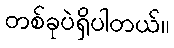
တစ်ခုပဲရှိပါတယ်။